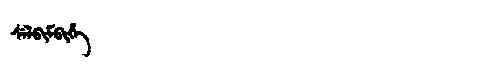
Manchu: ᠰᡝᠯᠪᡳᠮᠪᡳᡥᡝ
Romanization: SELBIMBIHE